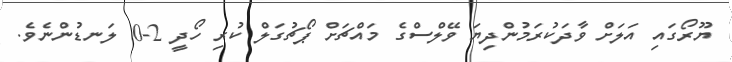
ޔޫރޯގައި އަލަށް ވާދަކުރަމުންދިޔަ ވޭލްސްގެ މައްޗަށް ޕޯޗުގަލް ކުރި ހޯދީ 2-0 ލަނޑުންނެވެ.